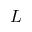
L